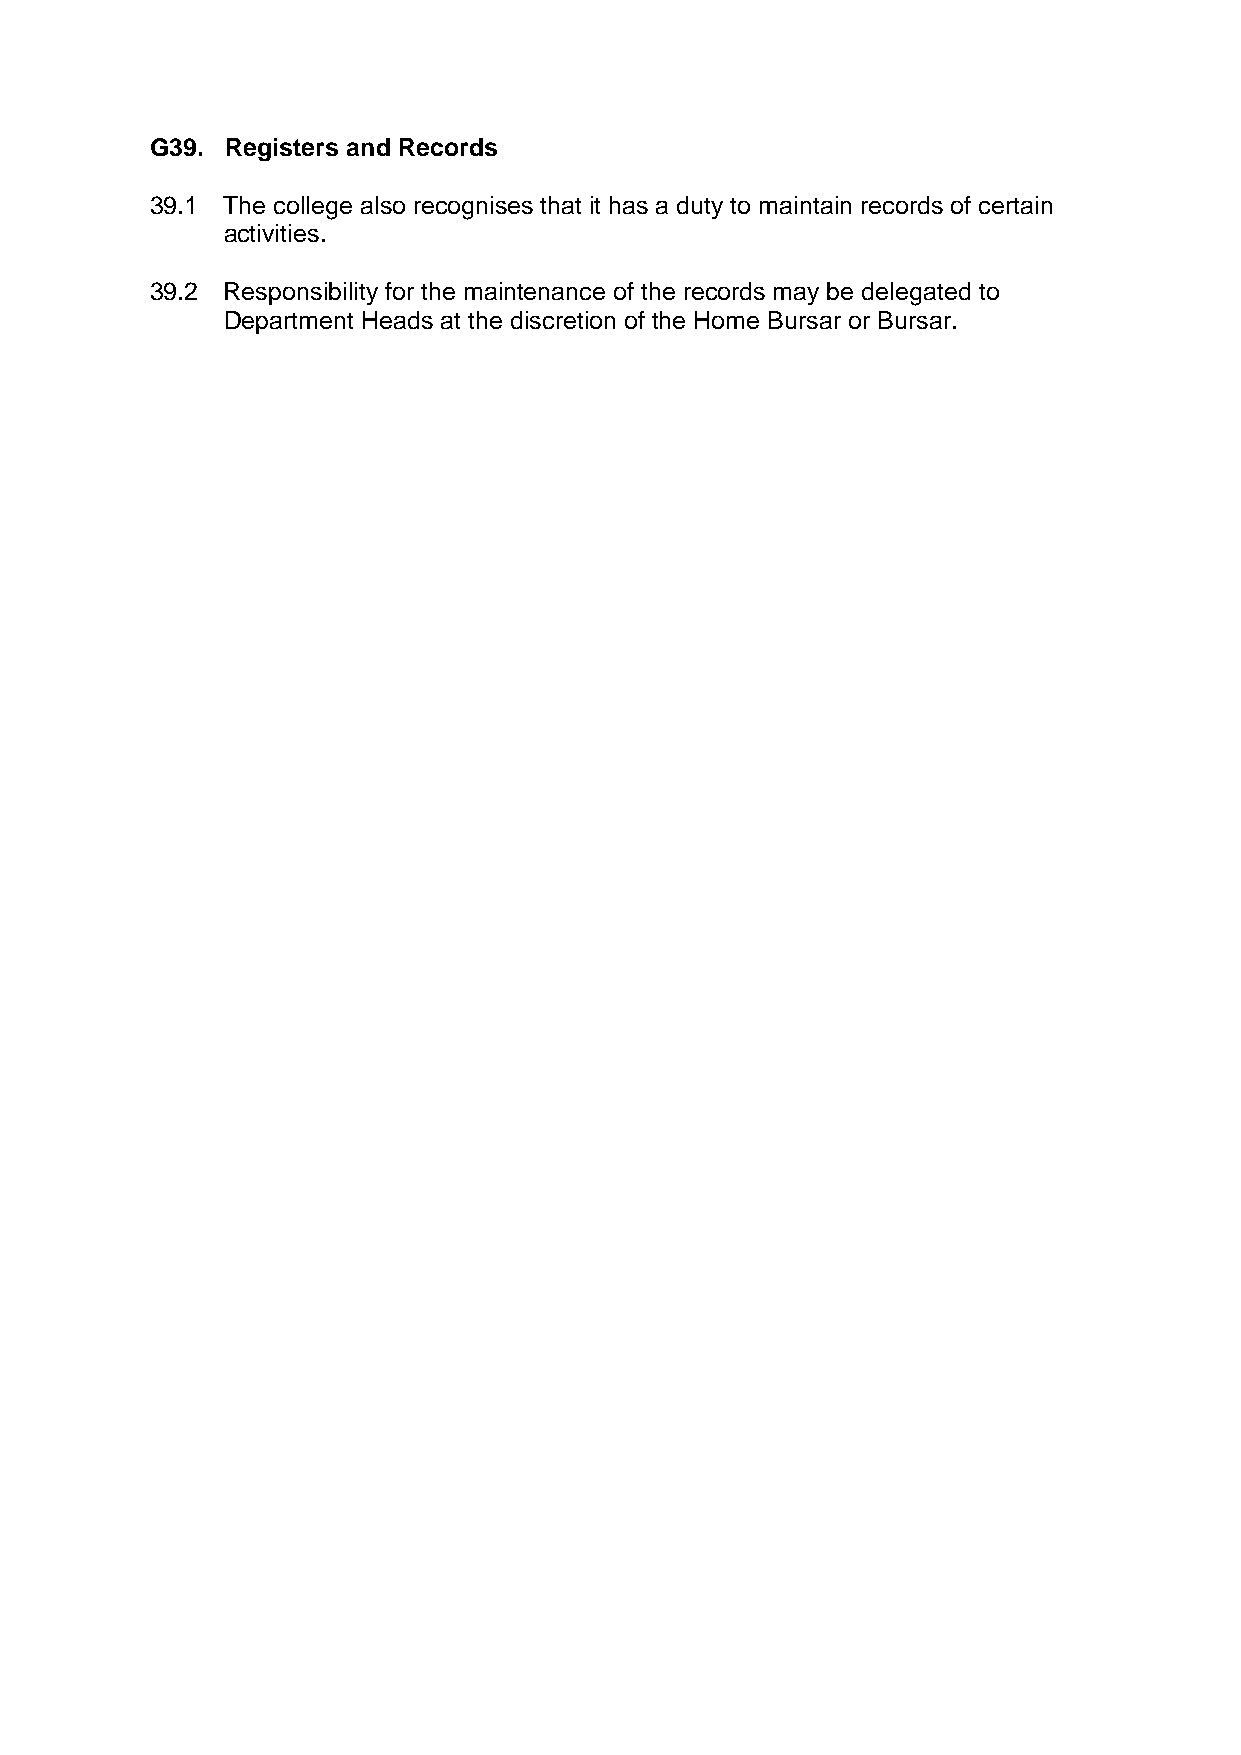
G39. Registers and Records
 39.1 The college also recognises that it has a duty to maintain records of certain
 activities.
 39.2 Responsibility for the maintenance of the records may be delegated to
 Department Heads at the discretion of the Home Bursar or Bursar.